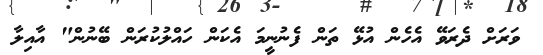
ވަރަށް ދެރަވޭ އެހެން އުޅޭ ތަން ފެނުނީމަ އެކަން ހައްލުކުރަން ބޭނުން" އާއިލާ